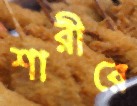
শারীরে